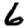
Digit: 6